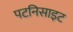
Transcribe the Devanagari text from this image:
पटनिसाइट